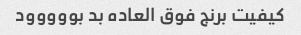
کیفیت برنج فوق العاده بد بووووود